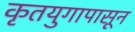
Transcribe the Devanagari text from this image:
कृतयुगापासून